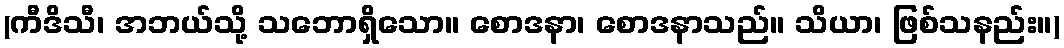
(ကီဒိသီ၊ အဘယ်သို့ သဘောရှိသော။ စောဒနာ၊ စောဒနာသည်။ သိယာ၊ ဖြစ်သနည်း။)